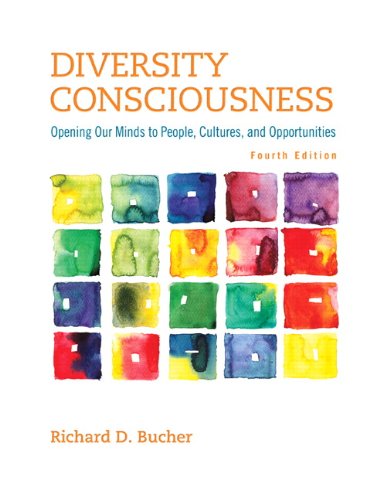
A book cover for Diversity Consciousness: Opening Our Minds to People, Cultures, and Opportunities (4th Edition) (Student Success 2015 Copyright Series); Richard D. Bucher; Business & Money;